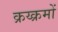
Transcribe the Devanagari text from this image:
क्रय्क्रमों